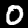
Label: 0